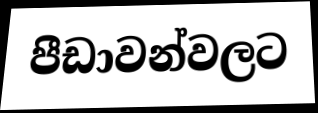
පීඩාවන්වලට